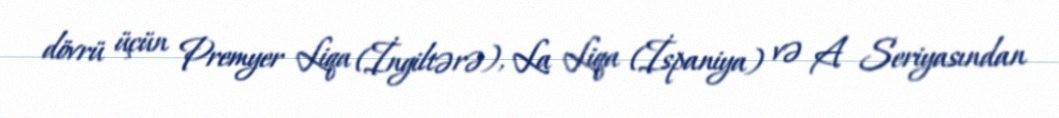
dövrü üçün Premyer Liqa (İngiltərə), La Liqa (İspaniya) və A Seriyasından